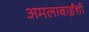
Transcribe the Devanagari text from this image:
अमलाबाईंशी